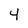
Character: 4